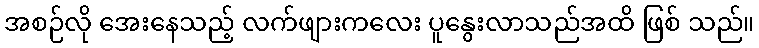
အစဉ်လို အေးနေသည့် လက်ဖျားကလေး ပူနွေးလာသည်အထိ ဖြစ် သည်။